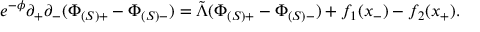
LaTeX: e ^ { - \phi } \partial _ { + } \partial _ { - } ( \Phi _ { ( S ) + } - \Phi _ { ( S ) - } ) = \tilde { \Lambda } ( \Phi _ { ( S ) + } - \Phi _ { ( S ) - } ) + f _ { 1 } ( x _ { - } ) - f _ { 2 } ( x _ { + } ) .